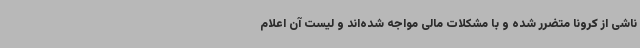
ناشی از کرونا متضرر شده و با مشکلات مالی مواجه شده‌اند و لیست آن اعلام